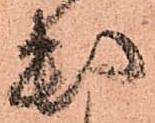
出